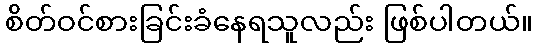
စိတ်ဝင်စားခြင်းခံနေရသူလည်း ဖြစ်ပါတယ်။